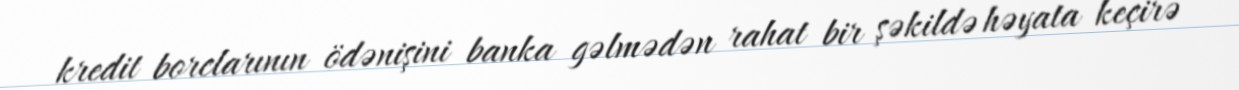
kredit borclarının ödənişini banka gəlmədən rahat bir şəkildə həyata keçirə